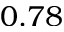
0 . 7 8